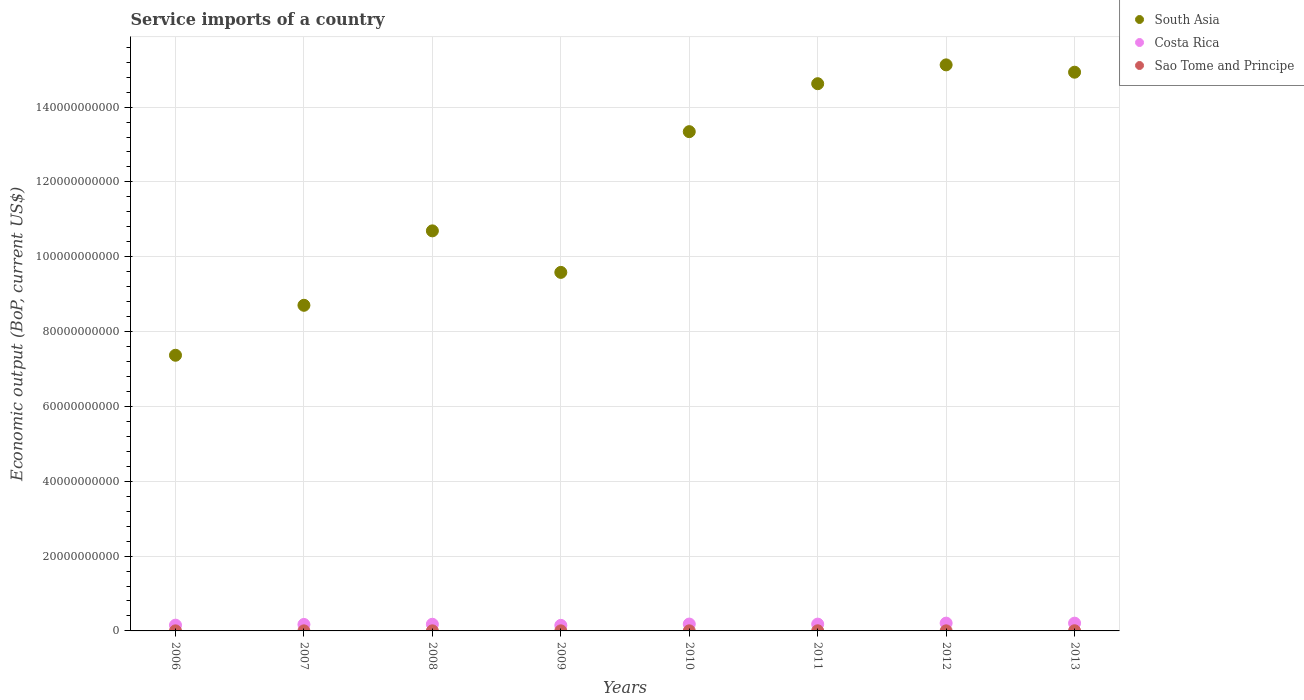
| Years | South Asia | Costa Rica | Sao Tome and Principe |
 | --- | --- | --- | --- |
 | 2006 | 7.37e+10 | 1.54e+09 | 1.78e+07 |
 | 2007 | 8.7e+10 | 1.73e+09 | 1.87e+07 |
 | 2008 | 1.07e+11 | 1.78e+09 | 2.14e+07 |
 | 2009 | 9.58e+10 | 1.49e+09 | 1.9e+07 |
 | 2010 | 1.33e+11 | 1.84e+09 | 2.43e+07 |
 | 2011 | 1.46e+11 | 1.82e+09 | 3.14e+07 |
 | 2012 | 1.51e+11 | 2.08e+09 | 2.46e+07 |
 | 2013 | 1.49e+11 | 2.08e+09 | 4.49e+07 |